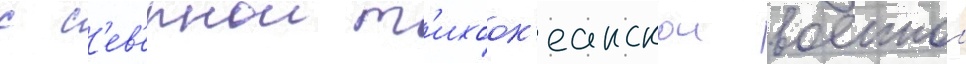
с с'ев'ернои т'ихоок'еанскои военнои